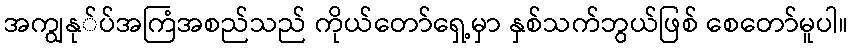
အကျွနု်ပ်အကြံအစည်သည် ကိုယ်တော်ရှေ့မှာ နှစ်သက်ဘွယ်ဖြစ် စေတော်မူပါ။